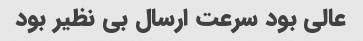
عالی بود سرعت ارسال بی نظیر بود